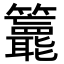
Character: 𥷵